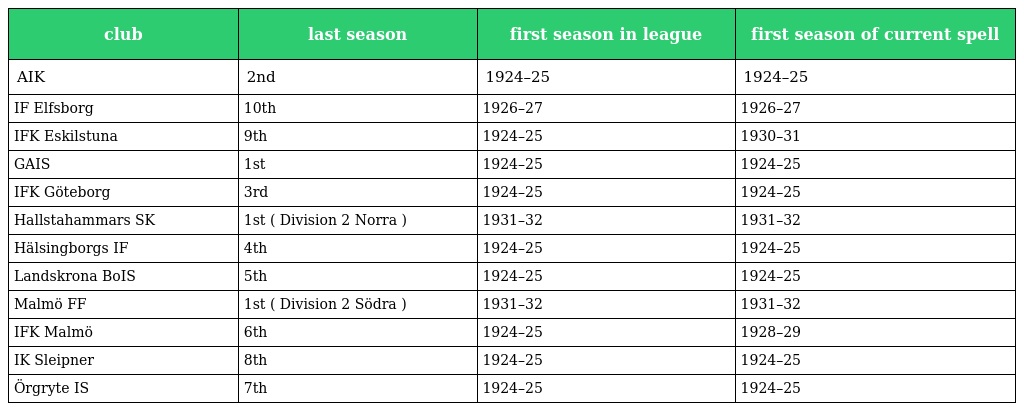
| club | last season | first season in league | first season of current spell |
 | --- | --- | --- | --- |
 | AIK | 2nd | 1924–25 | 1924–25 |
 | IF Elfsborg | 10th | 1926–27 | 1926–27 |
 | IFK Eskilstuna | 9th | 1924–25 | 1930–31 |
 | GAIS | 1st | 1924–25 | 1924–25 |
 | IFK Göteborg | 3rd | 1924–25 | 1924–25 |
 | Hallstahammars SK | 1st ( Division 2 Norra ) | 1931–32 | 1931–32 |
 | Hälsingborgs IF | 4th | 1924–25 | 1924–25 |
 | Landskrona BoIS | 5th | 1924–25 | 1924–25 |
 | Malmö FF | 1st ( Division 2 Södra ) | 1931–32 | 1931–32 |
 | IFK Malmö | 6th | 1924–25 | 1928–29 |
 | IK Sleipner | 8th | 1924–25 | 1924–25 |
 | Örgryte IS | 7th | 1924–25 | 1924–25 |